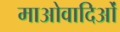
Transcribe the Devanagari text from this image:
माओवादिओं